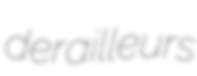
derailleurs